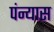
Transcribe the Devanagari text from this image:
पंन्यास